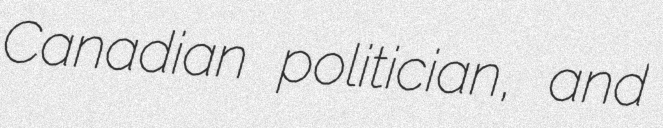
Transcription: Canadian politician, and